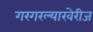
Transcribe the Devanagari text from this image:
गरगरल्याखेरीज